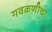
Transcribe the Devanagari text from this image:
गवळणीचा